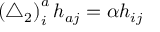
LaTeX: \left( \triangle _ { 2 } \right) _ { i } ^ { a } h _ { a j } = \alpha h _ { i j }